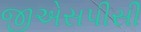
જીએસપીસી